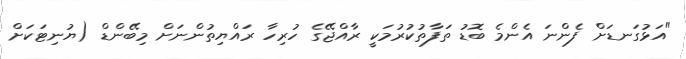
"އަޅުގަނޑަށް ފެންނަ އެންމެ ބޮޑު ތަފާތުކުރުމަކީ ރާއްޖޭގެ ހުރިހާ ރައްޔިތުންނަށް މިބޭންޑް (ޔުނިޓަކަށް